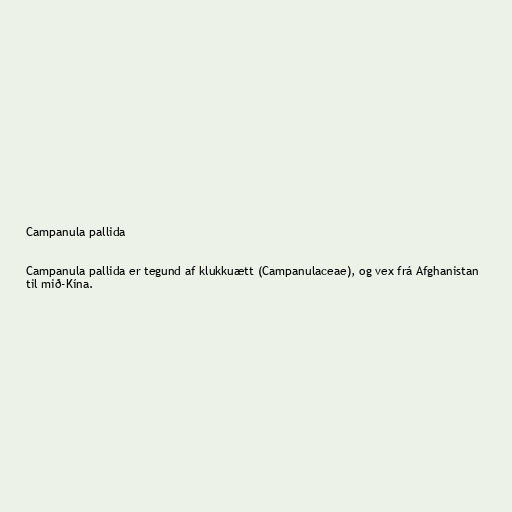
Campanula pallida

Campanula pallida er tegund af klukkuætt (Campanulaceae), og vex frá Afghanistan
til mið-Kína.